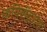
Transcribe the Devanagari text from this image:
कपिलेंद्रदेव